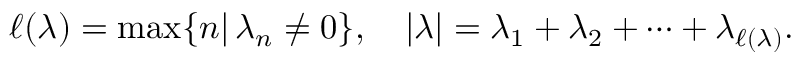
\ell ( \lambda ) = \operatorname * { m a x } \{ n | \, \lambda _ { n } \neq 0 \} , \quad | \lambda | = \lambda _ { 1 } + \lambda _ { 2 } + \cdots + \lambda _ { \ell ( \lambda ) } .